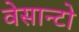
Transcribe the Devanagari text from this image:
वेसान्टो